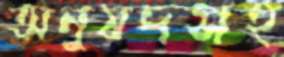
অনুষদসহ